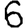
Digit: 6